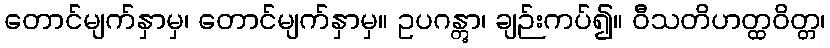
တောင်မျက်နှာမှ၊ တောင်မျက်နှာမှ။ ဥပဂန္တွာ၊ ချဉ်းကပ်၍။ ဝီသတိဟတ္ထဝိတ္တ၊